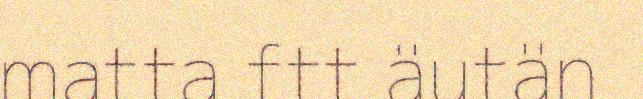
matta ftt äutän